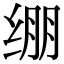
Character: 绷